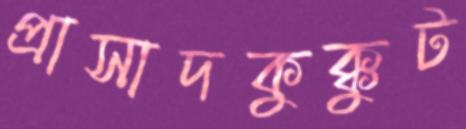
প্রাসাদকুক্কুট